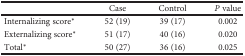
<table><thead><tr><td></td><td><b>Case</b></td><td><b>Control</b></td><td><b><i>P</i> value</b></td></tr></thead><tbody><tr><td>Internalizing score<sup>∗</sup></td><td>52 (19)</td><td>39 (17)</td><td>0.002</td></tr><tr><td>Externalizing score<sup>∗</sup></td><td>51 (17)</td><td>40 (16)</td><td>0.020</td></tr><tr><td>Total<sup>∗</sup></td><td>50 (27)</td><td>36 (16)</td><td>0.025</td></tr></tbody></table>